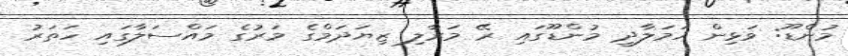
މުންޑޫ: ވަޅިން ހަމަލާދީ މުންޑޫގައި ރޭ މަރާލި ޒިޔަދަމްގެ މަރުގެ މައްސަލާގައި ހަތަރު